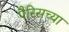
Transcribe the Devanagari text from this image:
पैरिसच्या